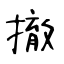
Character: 撤